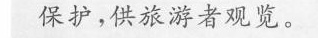
护，供旅游者观览。